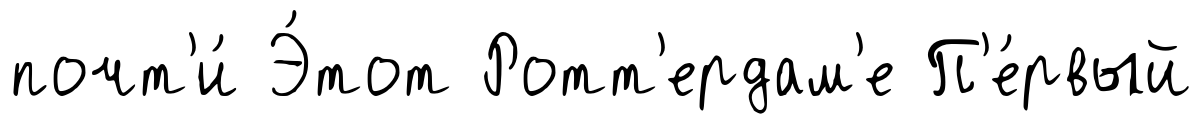
почт'и́ Э́тот Ротт'ердам'е П'е́рвый